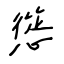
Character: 慫